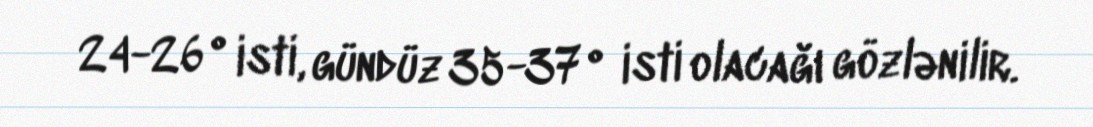
24-26° isti, gündüz 35-37° isti olacağı gözlənilir.